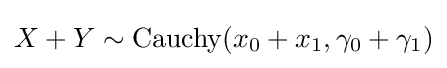
X+Y\sim \operatorname {Cauchy} (x_{0}+x_{1},\gamma _{0}+\gamma _{1})